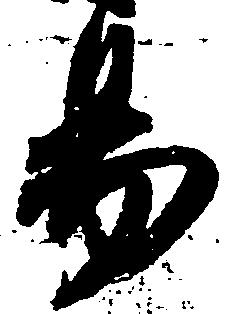
易